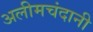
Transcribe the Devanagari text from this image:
अलीमचंदानी